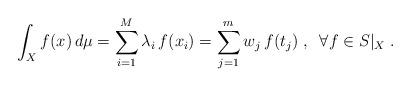
LaTeX: \begin{align*} \int_X{f(x)\,d\mu}=\sum_{i=1}^M{\lambda_i\,f(x_i)}=\sum_{j=1}^m{w_j\,f(t_j)}\;,\;\;\forall f\in S|_X\;.\end{align*}